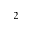
^ 2